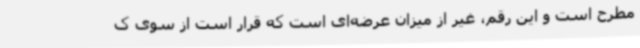
مطرح است و این رقم، غیر از میزان عرضه‌ای است که قرار است از سوی ک